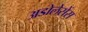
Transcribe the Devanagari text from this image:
अडोलेसेंस